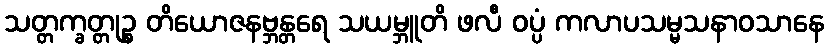
သတ္တက္ခတ္တုဉ္စ တိယောဇနဗ္ဘန္တရေ သယမ္ဘူတိ ဖလီ ဝပ္ပံ ကလာပသမ္မသနာဝသာနေ